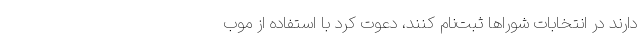
دارند در انتخابات شوراها ثبت‌نام کنند، دعوت کرد با استفاده از موب